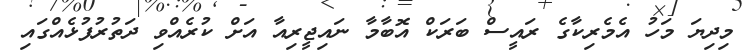
މިދިޔަ މަހު އެމެރިކާގެ ރައީސް ބަރަކް އޮބާމާ ނައިޖީރިއާ އަށް ކުރެއްވި ދަތުރުފުޅެއްގައި